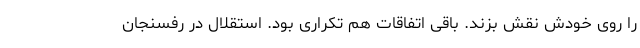
را روی خودش نقش بزند. باقی اتفاقات هم تکراری بود. استقلال در رفسنجان